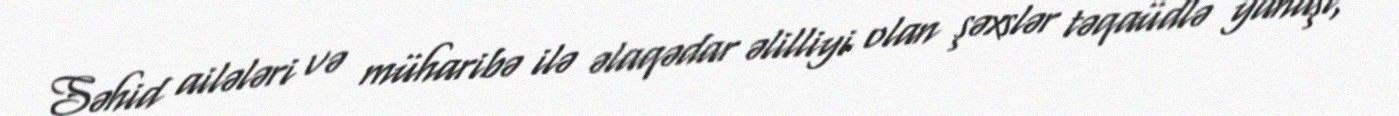
Şəhid ailələri və müharibə ilə əlaqədar əlilliyi olan şəxslər təqaüdlə yanaşı,